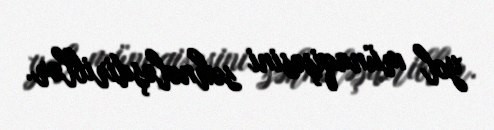
yol münaqişəsini səhnələşdiriblər.